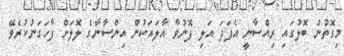
މިގޮތުން ބޮލުގައި ރިއްސާނީ އެފަދަ އަލި ފޮނުވާ އާލައަކުން އިންސާނާގެ ލޮލަށް ފާހަގަނުކުރެވޭ